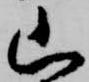
山